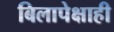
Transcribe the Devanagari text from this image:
बिलापेक्षाही